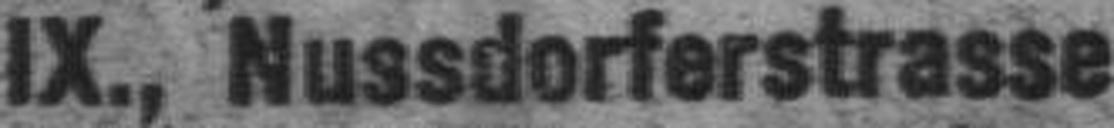
IX., Nussdorferstrasse